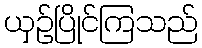
ယှဉ်ပြိုင်ကြသည်